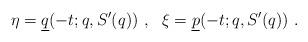
LaTeX: \begin{align*}\eta=\underline q(-t;q,S'(q)) \ , \ \ \xi=\underline p(-t;q,S'(q)) \ .\end{align*}